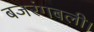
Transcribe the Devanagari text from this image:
बजरंगबली।